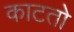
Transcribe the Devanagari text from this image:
काटतो